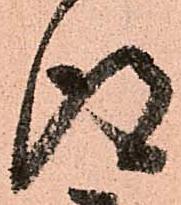
得